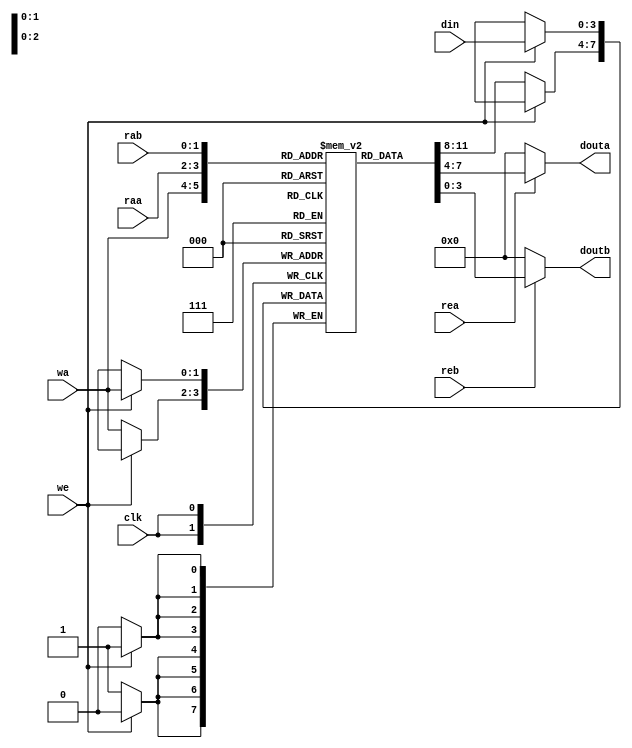
module register_file (
        input  wire       clk,
        input  wire       rea,
        input  wire       reb,
        input  wire       we,
        input  wire [1:0] raa,
        input  wire [1:0] rab,
        input  wire [1:0] wa,
        input  wire [3:0] din, 
        output wire [3:0] douta,
        output wire [3:0] doutb
    );

    reg [3:0] RegFile[3:0];

    always @ (posedge clk) begin
        if(we) begin
            RegFile[wa] <= din;
        end
        else begin
            RegFile[wa] <= RegFile[wa];
        end
    end

    assign douta = (rea == 1'b1) ? RegFile[raa] : 4'b0;
    assign doutb = (reb == 1'b1) ? RegFile[rab] : 4'b0;

endmodule